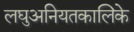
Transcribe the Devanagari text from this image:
लघुअनियतकालिके